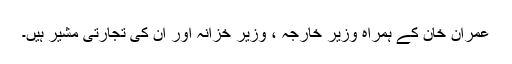
عمران خان کے ہمراہ وزیر خارجہ ، وزیر خزانہ اور ان کی تجارتی مشیر ہیں۔